Report of the Municipal Commissioner on the plague in Bombay for the year ending 31st May... - Volume 3
Disease focus: Plague
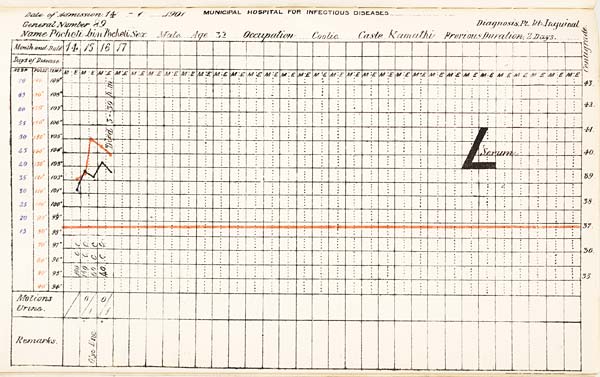
Date of Admission 1901. MUNICIPAL HOSPITAL FOR INFECTIOUS DISEASES.
General Number Diagnosis,
Name Sex Age Occupation Caste Previous Duration,